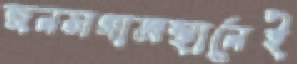
জনসগামস্থানেই